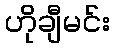
ဟိုချီမင်း